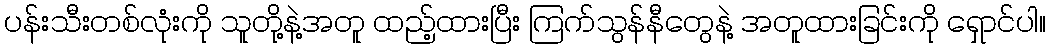
ပန်းသီးတစ်လုံးကို သူတို့နဲ့အတူ ထည့်ထားပြီး ကြက်သွန်နီတွေနဲ့ အတူထားခြင်းကို ရှောင်ပါ။